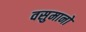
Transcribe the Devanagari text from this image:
वसुमानो